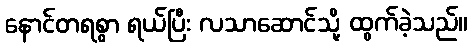
နောင်တရစွာ ရယ်ပြီး လသာဆောင်သို့ ထွက်ခဲ့သည်။